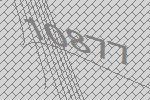
10877